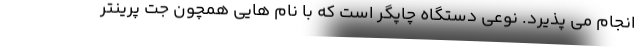
انجام می پذیرد. نوعی دستگاه چاپگر است که با نام هایی همچون جت پرینتر